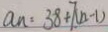
a _ { n } = 3 8 + 7 ( n - 1 )